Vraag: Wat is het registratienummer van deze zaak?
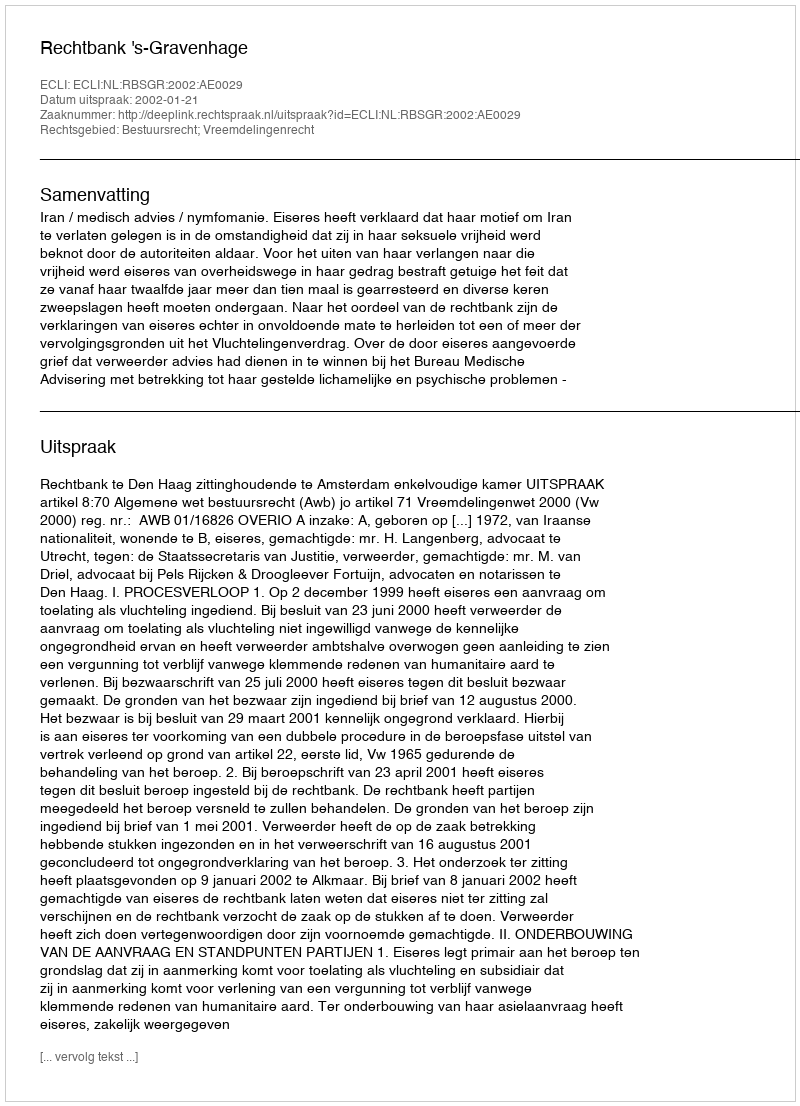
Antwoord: http://deeplink.rechtspraak.nl/uitspraak?id=ECLI:NL:RBSGR:2002:AE0029